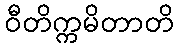
ဝီတိက္ကမိတာတိ